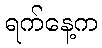
ရက်နေ့က